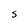
Character: S